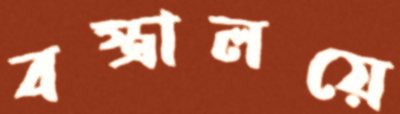
বস্ত্রালয়ে